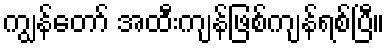
ကျွန်တော် အထီးကျန်ဖြစ်ကျန်ရစ်ပြီ။